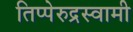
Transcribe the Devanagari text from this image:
तिप्पेरुद्रस्वामी